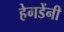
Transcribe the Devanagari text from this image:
हेगडेंनी